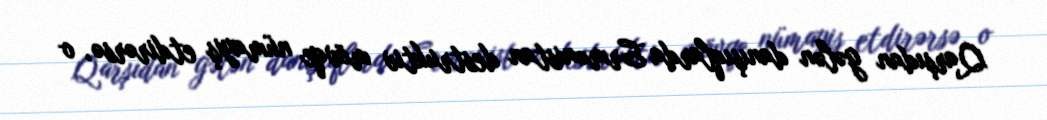
Qarşıdan gələn danışıqlarda Ermənistan destruktiv mövqe nümayiş etdirərsə, o